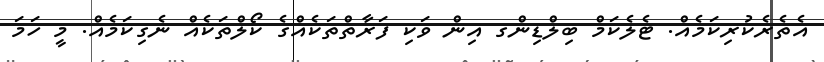
އެތެރެކުރިކަމެއް. ޓެލެކަމް ބިލްޑިންގ އިން ވަކި ފަރާތްތަކެއްގެ ކޯލްތަކެއް ނެގިކަމެއް. މީ ހަމަ